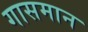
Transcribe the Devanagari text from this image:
गासमान